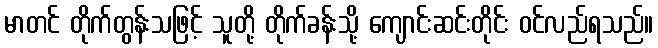
မာတင် တိုက်တွန်းသဖြင့် သူတို့ တိုက်ခန်းသို့ ကျောင်းဆင်းတိုင်း ဝင်လည်ရသည်။